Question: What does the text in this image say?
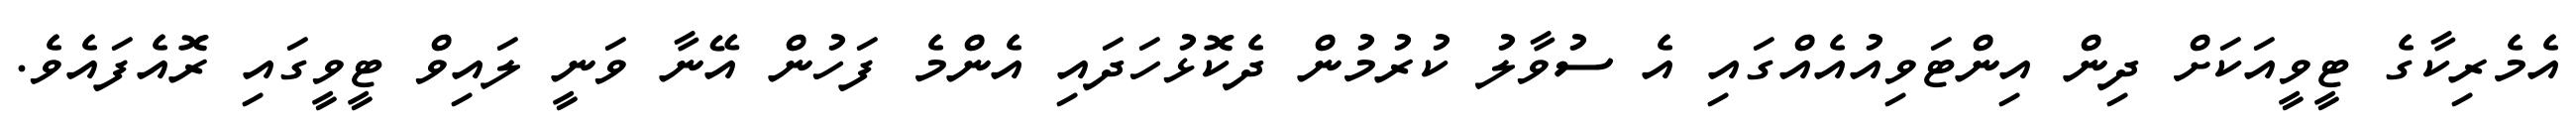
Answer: އެމެރިކާގެ ޓީވީއަކަށް ދިން އިންޓަވިއުއެއްގައި އެ ސުވާލު ކުރުމުން ދެކޮޅުހަދައި އެންމެ ފަހުން އޭނާ ވަނީ ލައިވް ޓީވީގައި ރޮއެފައެވެ.